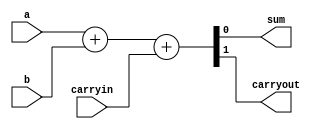


module behavioralFullAdder(sum, carryout, a, b, carryin);
output sum, carryout;
input a, b, carryin;
assign {carryout, sum}=a+b+carryin;
endmodule

module behavioralFullAdder_broken(sum, carryout, a, b, carryin);
output sum, carryout;
input a, b, carryin;
assign {sum, carryout}=a+b+carryin;
endmodule


module behavioralFullAdder_broken2(sum, carryout, a, b, carryin);
output sum, carryout;
input a, b, carryin;
assign {sum, carryout}=a+b+1'b1;
endmodule


module testFullAdder;

reg a, b, carryin;
wire sum, carryout;

behavioralFullAdder adder0(sum, carryout,a,b,carryin);
//behavioralFullAdder_broken adder1(sum, carryout,a,b,carryin);
//behavioralFullAdder_broken2 adder2(sum, carryout,a,b,carryin);

initial begin

$display("A B Cin | Cout Sum");
a=0;b=0;carryin=0; #1000 
$display("%b  %b  %b |  %b  %b", a, b, carryin, carryout, sum);
a=0;b=0;carryin=1;#1000 
$display("%b  %b  %b |  %b  %b", a, b, carryin, carryout, sum);
a=0;b=1;carryin=0;#1000 
$display("%b  %b  %b |  %b  %b", a, b, carryin, carryout, sum);
a=0;b=1;carryin=1;#1000 
$display("%b  %b  %b |  %b  %b", a, b, carryin, carryout, sum);

a=1;b=0;carryin=0;#1000 
$display("%b  %b  %b |  %b  %b", a, b, carryin, carryout, sum);
a=1;b=0;carryin=1;#1000 
$display("%b  %b  %b |  %b  %b", a, b, carryin, carryout, sum);
a=1;b=1;carryin=0;#1000 
$display("%b  %b  %b |  %b  %b", a, b, carryin, carryout, sum);
a=1;b=1;carryin=1;#1000 
$display("%b  %b  %b |  %b  %b", a, b, carryin, carryout, sum);


end

endmodule